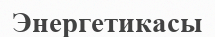
Энергетикасы